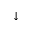
\downarrow